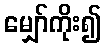
မျှော်ကိုး၍